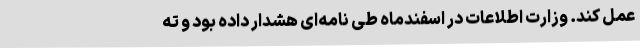
عمل کند. وزارت اطلاعات در اسفندماه طی نامه‌ای هشدار داده بود و ته